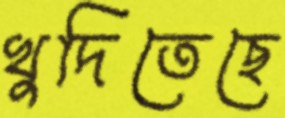
খুদিতেছে